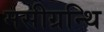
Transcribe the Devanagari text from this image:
मसीग्रन्थि